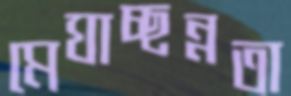
মেঘাচ্ছন্নতা